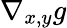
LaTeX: \nabla_{x,y}g